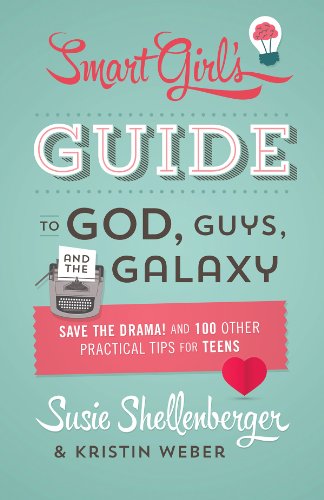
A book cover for The Smart Girl's Guide to God, Guys, and the Galaxy: Save the Drama! and 100 Other Practical Tips for Teens; Susie Shellenberger; Christian Books & Bibles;